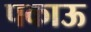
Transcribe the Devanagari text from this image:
पकाऊ